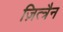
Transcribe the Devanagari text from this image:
ज़ित्त्रैन